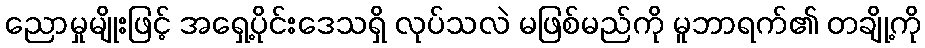
ညောမှုမျိုးဖြင့် အရှေ့ပိုင်းဒေသရှိ လုပ်သလဲ မဖြစ်မည်ကို မူဘာရက်၏ တချို့ကို